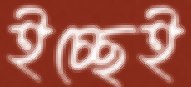
ইচ্ছেই